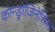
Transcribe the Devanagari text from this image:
कोन्ड्रोजिनेसिस